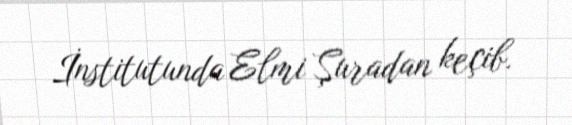
İnstitutunda Elmi Şuradan keçib.